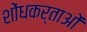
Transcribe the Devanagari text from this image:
शोंधकर्ताओं